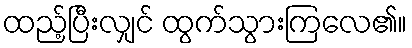
ထည့်ပြီးလျှင် ထွက်သွားကြလေ၏။